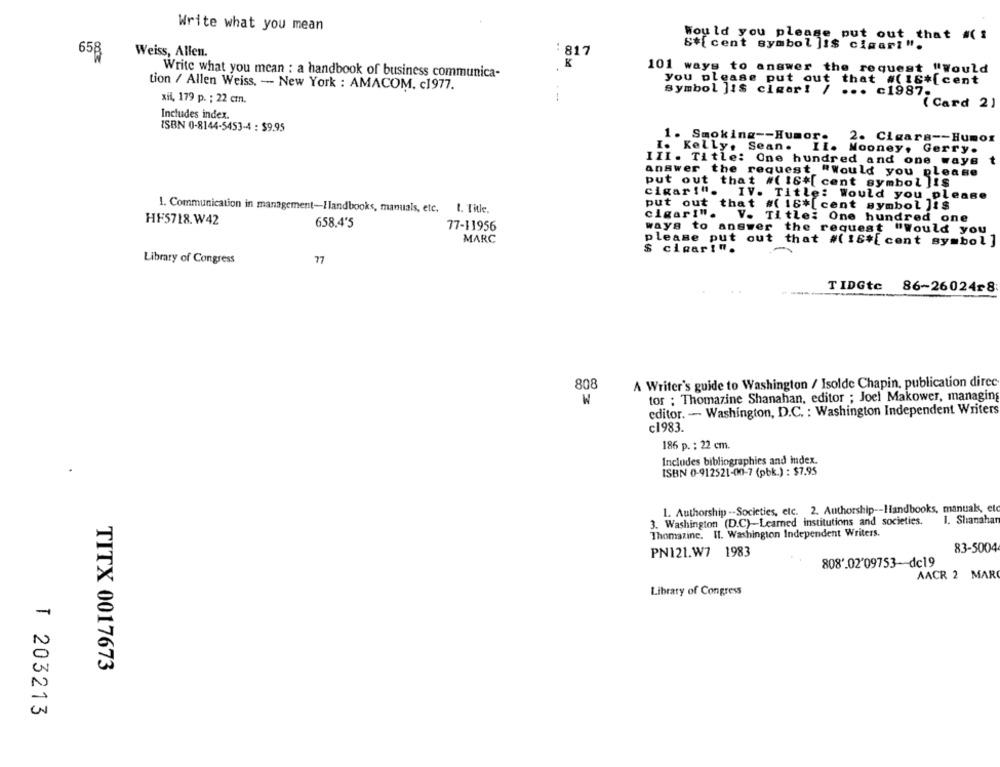
Write what you mean
Would you please put out that #( 1
S#[cent symbol ]:$ cigar! ".
658
Weiss, Allen.
:817
K
101 ways to answer the request "Would
Write what you mean : a handbook of business communica-
you please put out that #(18*[cent
tion / Allen Weiss, - New York : AMACOM. c1977.
symbol ]1$ cigar! / ... c1987.
xil, 179 p. ; 22 cmn.
-
( Card 2)
Includes index.
ISBN 0-8144-5453-4 : $9.95
1. Smoking -- Humor
2. Cigara -- Humor
I. Kelly, Sean.
IL. Mooney, Gerry.
III. Title: One hundred and one waye
t
answer the request "Would you please
put out that #( 16*[ cent symbol ]!$
cigar!".
IV. Title: Would you please
put out
that #( 16* [cent symbol ]:$
1. Communication in management-Ilandbooks, manuals, etc.
1. Title.
cigar!".
HF5718.W42
V. Title: One hundred one
658.4'5
77-11956
ways to answer
the request "Would you
MARC
please put out that #( 16#[ cont symbol ]
S cigar!".
Library of Congress
77
-
TIDGtc 86-26024r8:
A Writer's guide to Washington / Isolde Chapin, publication direc
808
W
tor ; Thomazine Shanahan, editor ; Joel Makower, managing
editor. - Washington, D.C. : Washington Independent Writers
c1983.
186 p. : 22 cm.
Includes bibliographies and index.
ISBN 0-912521-00-7 (pbk.) : $7,95
1. Authorship -- Societies, etc. 2. Authorship -- Ilandbooks, manuals, etc
3. Washington (D.C)-Learned institutions and societies.
1. Shanahan
Thomazine, Il. Washington Independent Writers.
83-5004
PN121.W7 1983
808'.02'09753-dc19
AACR 2 MARC
Library of Congress
-
N
TITX 0017673
T 203213